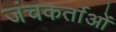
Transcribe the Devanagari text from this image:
जंचकर्ताओं